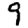
Digit: 9